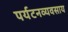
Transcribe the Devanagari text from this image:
पर्यटनव्यवसाय